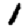
Digit: 1